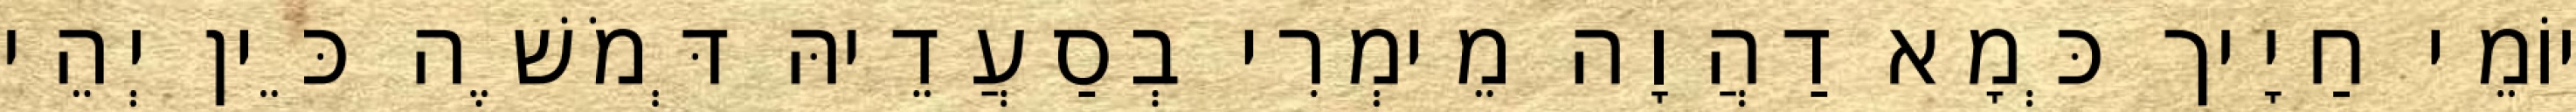
יוֹמֵי חַיָיך כְּמָא דַהֲוָה מֵימְרִי בְסַעֲדֵיהּ דְּמֹשֶׁה כֵּין יְהֵי